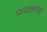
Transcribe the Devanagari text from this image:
फजलच्या